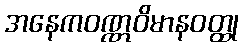
အနေကဝဏ္ဏဝိမာနဝတ္ထု